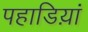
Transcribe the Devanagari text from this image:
पहाडिय़ां